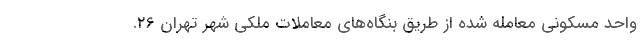
واحد مسکونی معامله شده از طریق بنگاه‌های معاملات ملکی شهر تهران ۲۶.